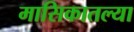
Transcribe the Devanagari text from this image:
मासिकातल्या